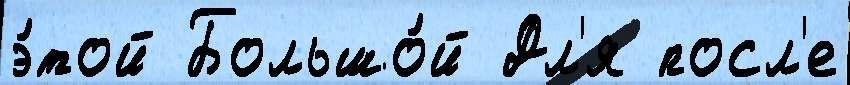
э́той Большо́й Дл'я посл'е